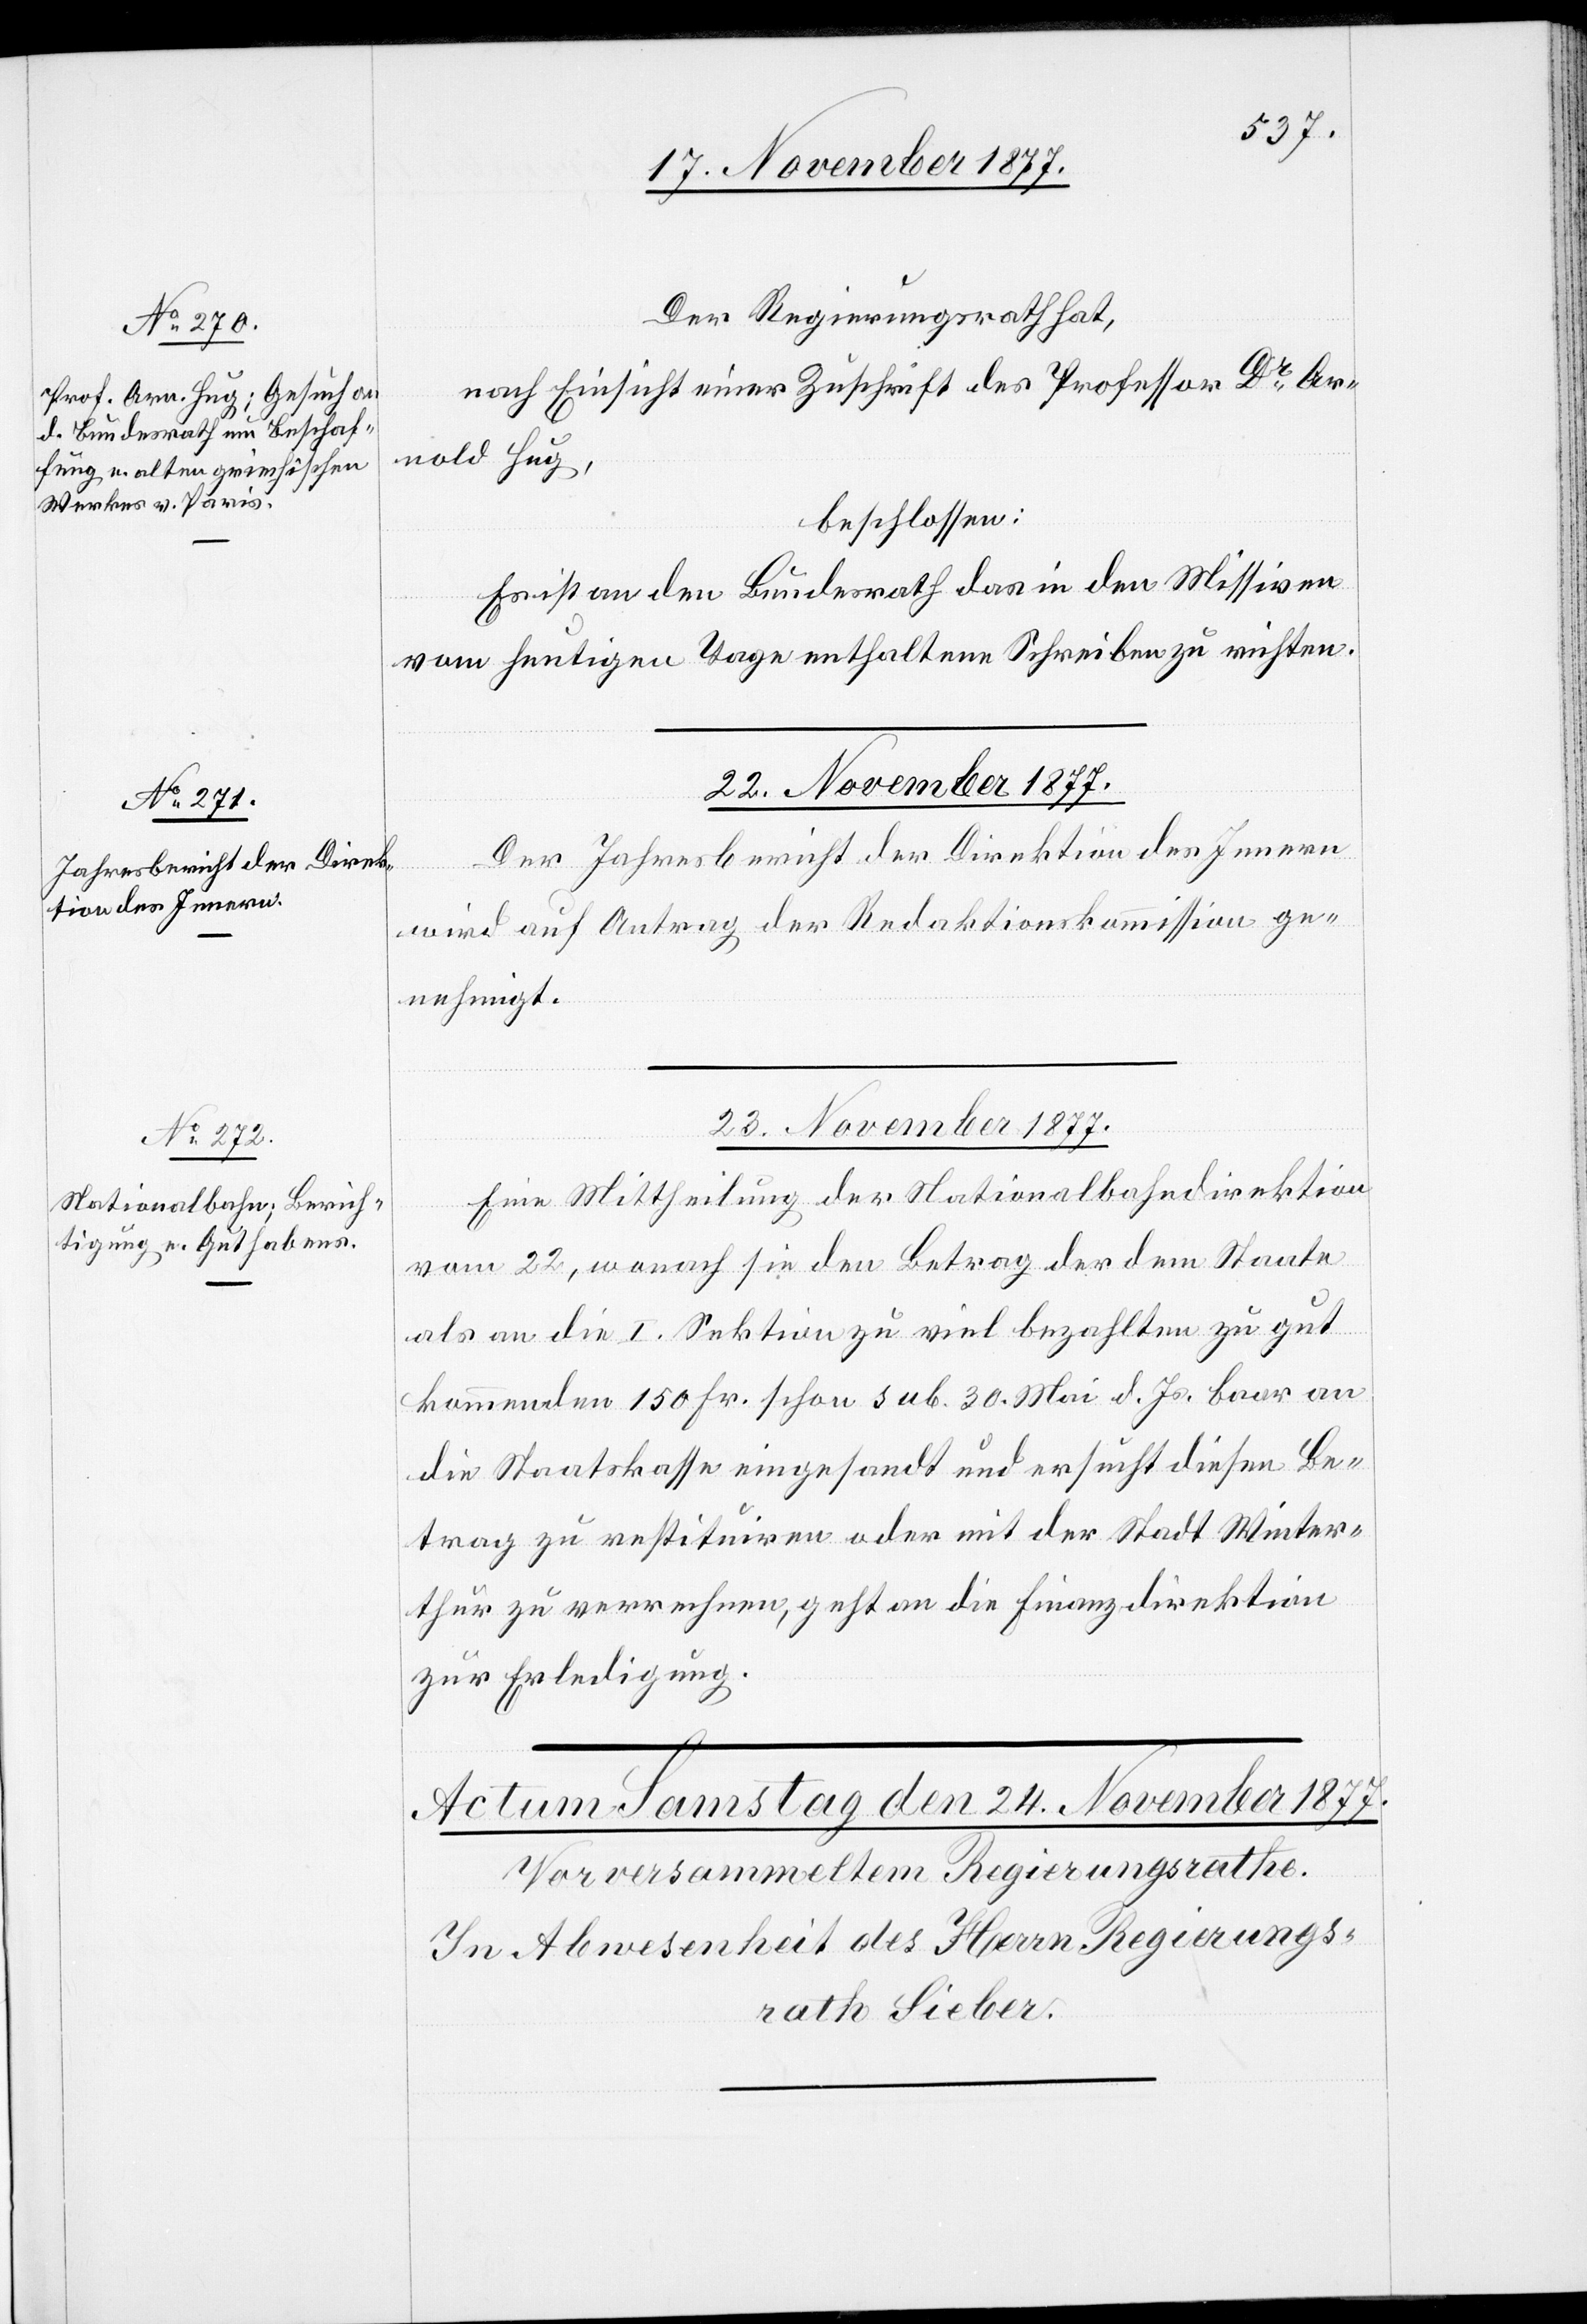
Der Regierungsrath hat,
nach Einsicht einer Zuschrift des Professor Dr Ar¬
nold Hug,
beschlossen:
Es ist an den Bundesrath das in den Missiven
vom heutigen Tage enthaltene Schreiben zu richten.
23. November 1877.
Der Jahresbericht der Direktion des Innern
wird auf Antrag der Redaktionskommission ge¬
nehmigt.
Eine Mittheilung der Nationalbahndirektion
vom 22, wonach sie den Betrag der dem Staate
als an die I. Sektion zu viel bezahlten zu gut
kommenden 150 Fr. schon sub. 30. Mai d. Js. baar an
die Staatskasse eingesandt und ersucht diesen Be¬
trag zu restituiren oder mit der Stadt Winter¬
thur zu verrechnen, geht an die Finanzdirektion
zur Erledigung.